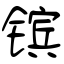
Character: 镔